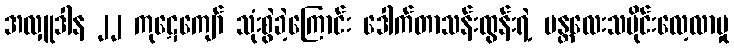
အလှူဒါန ၂၂ ကုဋေကျော် သုံးစွဲခဲ့ကြောင်း ဒေါက်တာသန်းထွန်းရဲ့ မန္တလေးသမိုင်းလေ့လာမှု